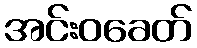
အင်းဝခေတ်